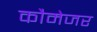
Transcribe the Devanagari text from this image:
कौमेजर